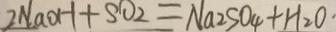
2 N a O H + S O _ { 2 } = N a _ { 2 } S O _ { 4 } + H _ { 2 } O